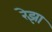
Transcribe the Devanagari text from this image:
रेझा